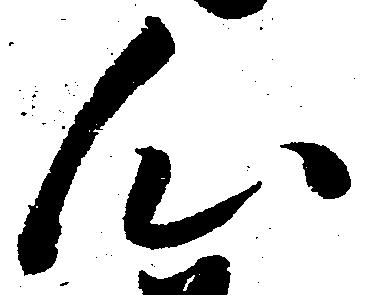
心